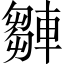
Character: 𨎆